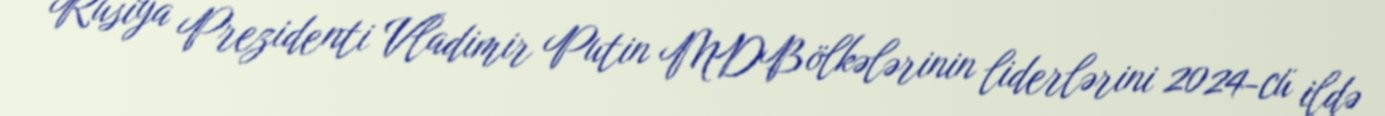
Rusiya Prezidenti Vladimir Putin MDB ölkələrinin liderlərini 2024-cü ildə